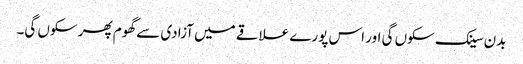
بدن سینک سکوں گی اور اس پورے علاقے میں آزادی سے گھوم پھر سکوں گی۔